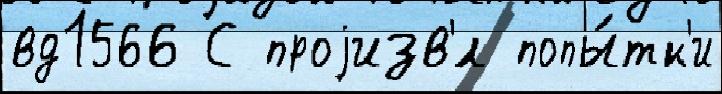
вд1566 С проjизв'́л попы́тк'и